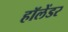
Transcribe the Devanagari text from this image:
हॉलेंडर